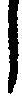
し